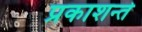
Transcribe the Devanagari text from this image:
प्रकाशन्ते